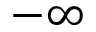
- \infty